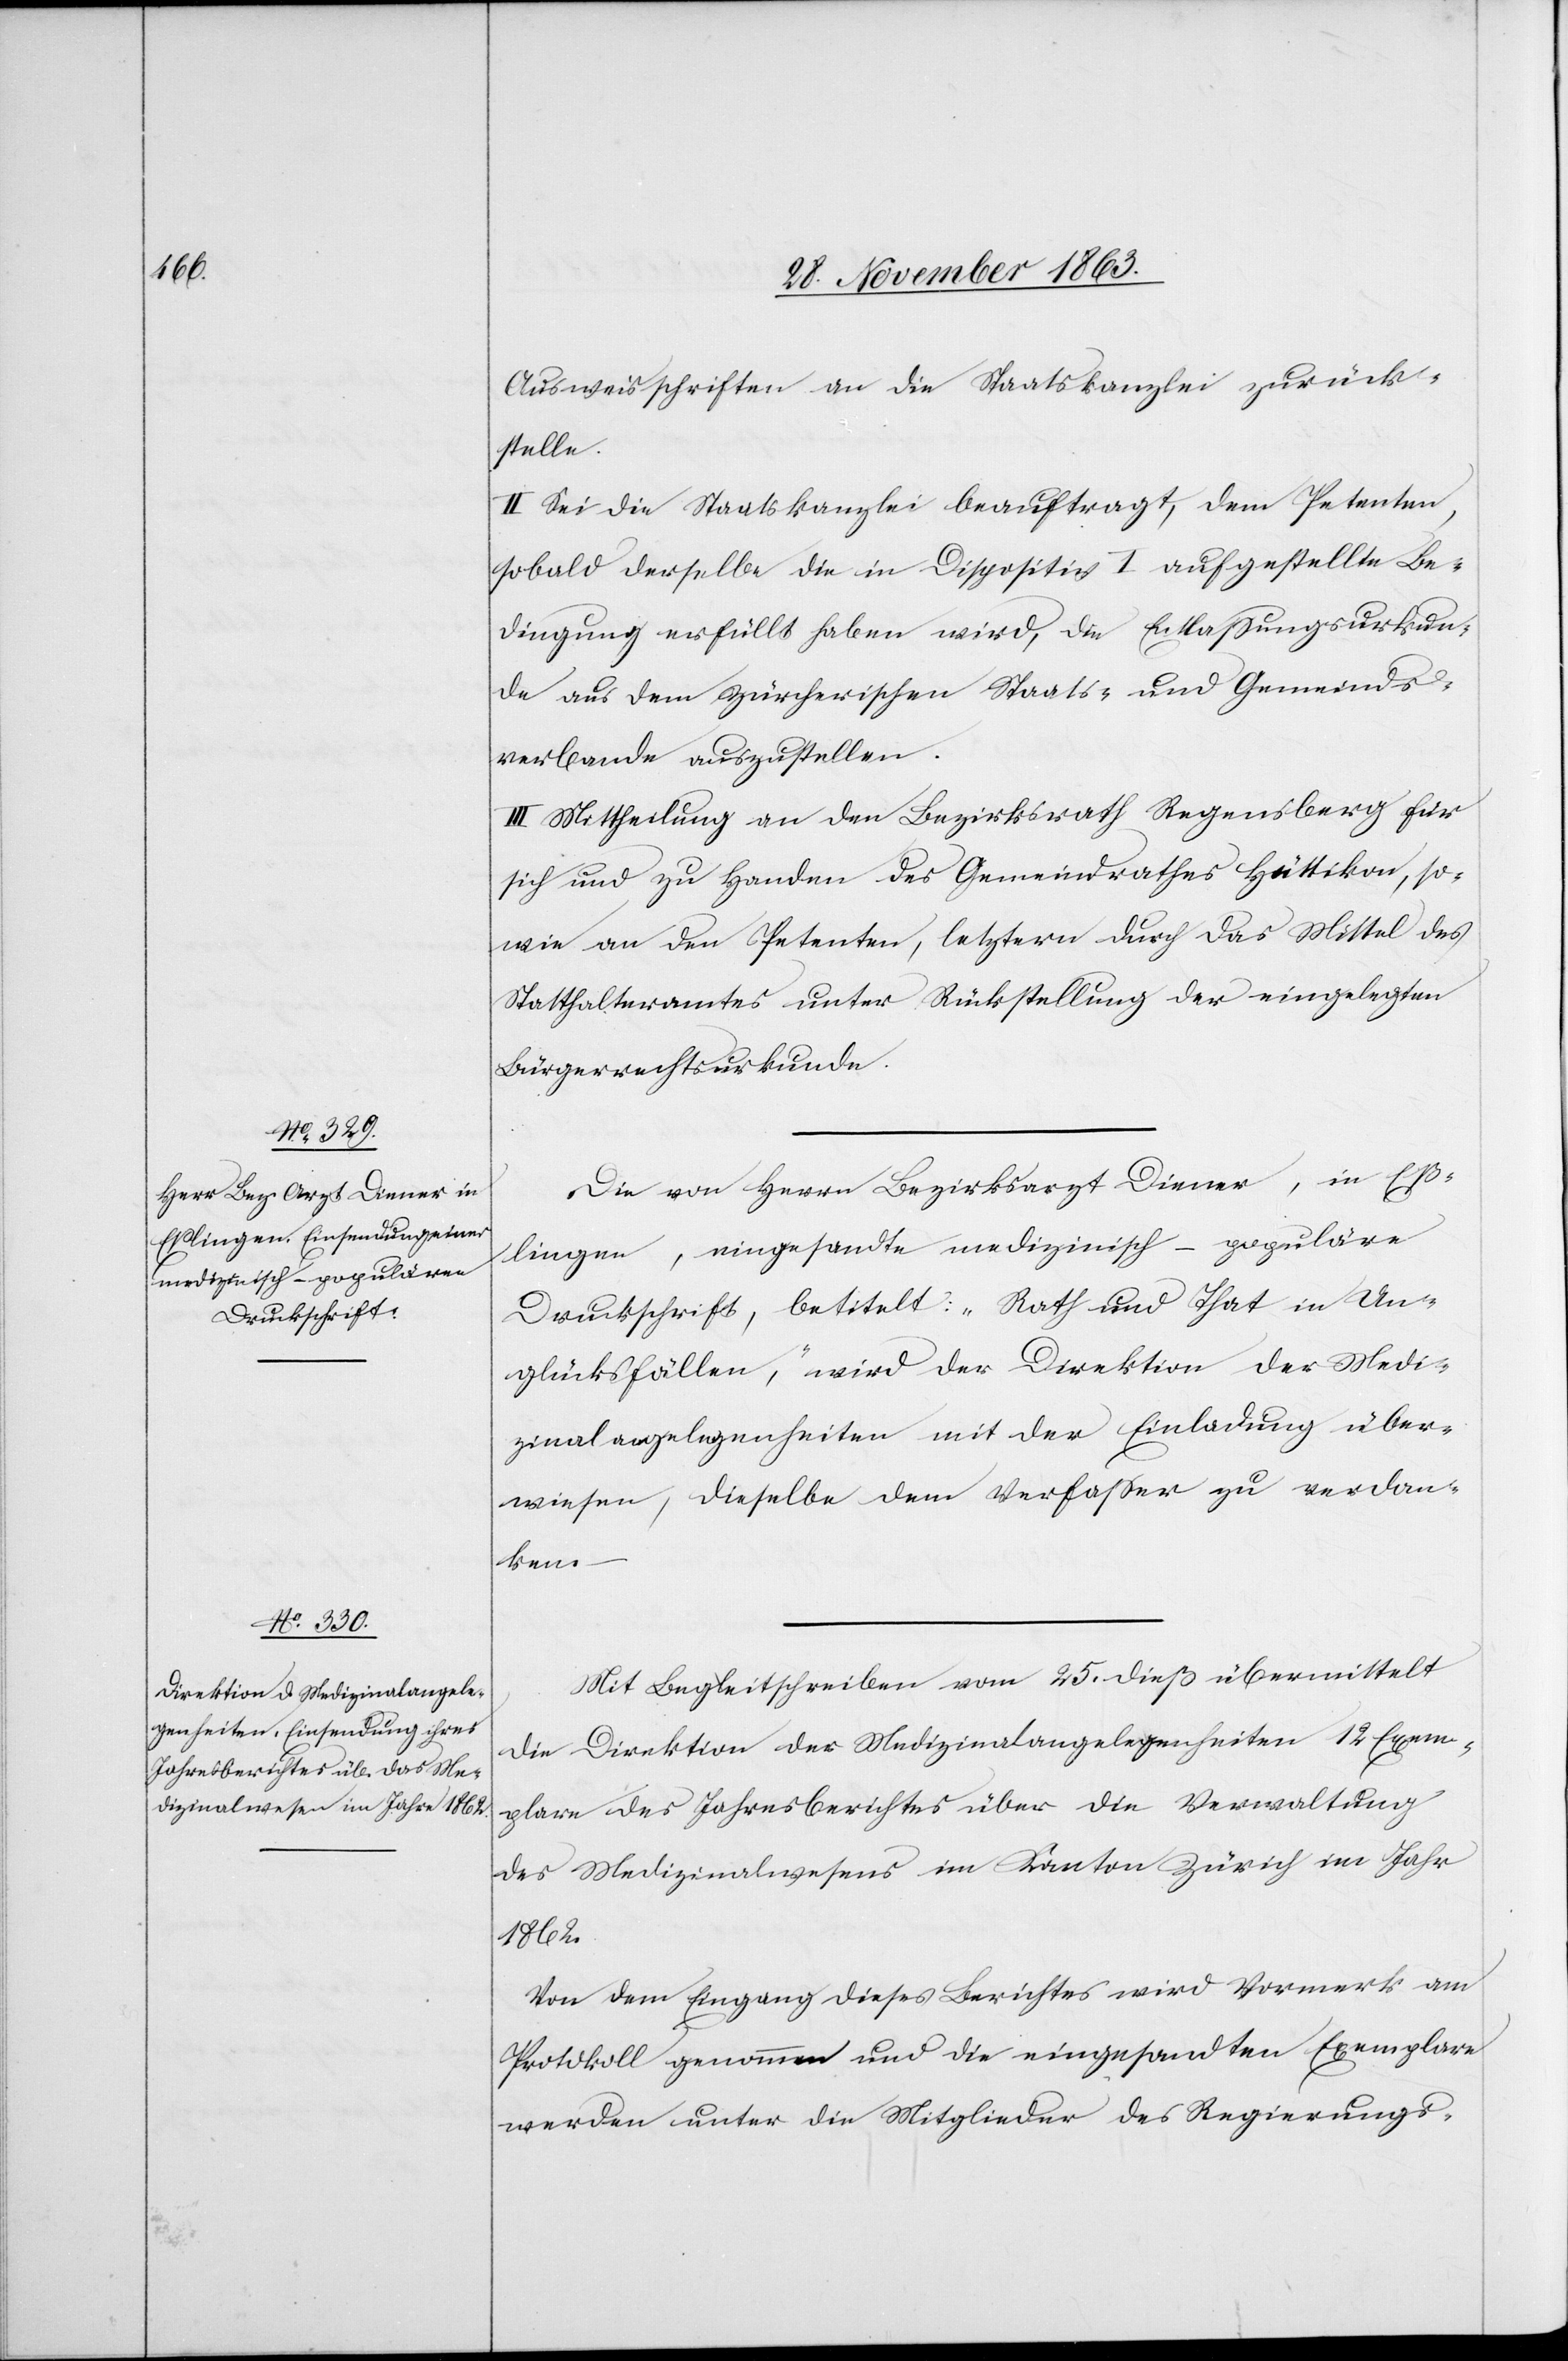
Ausweisschriften an die Staatskanzlei zurück¬
stelle.
II. Sei die Staatskanzlei beauftragt, dem Petenten,
sobald derselbe die in Dispositiv I aufgestellte Be¬
dingung erfüllt haben wird, die Entlassungsurkun¬
de aus dem zürcherischen Staats- und Gemeinds¬
verbande auszustellen.
III. Mittheilung an den Bezirksrath Regensberg für
sich und zu Handen des Gemeindrathes Hüttikon, so¬
wie an den Petenten, letztern durch das Mittel des
Statthalteramtes unter Rückstellung der eingelegten
Bürgerrechtsurkunde.
Die von Herrn Bezirksarzt Diener, in Eß¬
lingen, eingesandte medizinisch-populäre
Druckschrift, betitelt: „Rath und That in Un¬
glücksfällen“, wir der Direktion der Medi¬
zinalangelegenheiten mit der Einladung über¬
wiesen, dieselbe dem Verfasser zu verdan¬
ken.
Mit Begleitschreiben vom 25. dieß übermittelt
die Direktion der Medizinalangelegenheiten 12 Exem¬
plare des Jahresberichtes über die Verwaltung
des Medizinalwesens im Kanton Zürich im Jahr
1862.
Von dem Eingang dieses Berichtes wird Vormerk am
Protokoll genommen und die eingesandten Exemplare
werden unter die Mitglieder des Regierungs-